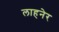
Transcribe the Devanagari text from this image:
लाहनेर